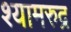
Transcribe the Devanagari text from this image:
श्यामरुद्र